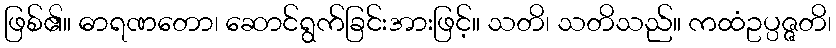
ဖြစ်၏။ ဓာရဏတော၊ ဆောင်ရွက်ခြင်းအားဖြင့်။ သတိ၊ သတိသည်။ ကထံဥပ္ပဇ္ဇတိ၊